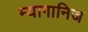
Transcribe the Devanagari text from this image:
म्यागानिज